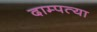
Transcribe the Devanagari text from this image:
दाम्पत्या